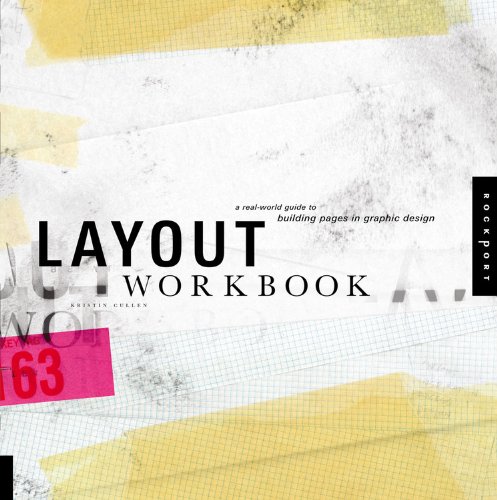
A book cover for Layout Workbook: A Real-World Guide to Building Pages in Graphic Design; Kristin Cullen; Computers & Technology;